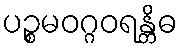
ပဉ္စမဝဂ္ဂဝရန္တိဓ